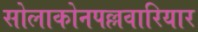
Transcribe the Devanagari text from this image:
सोलाकोनपल्लवारियार